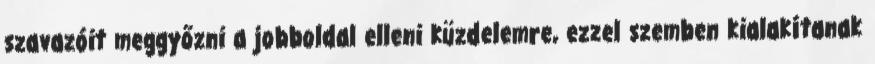
szavazóit meggyőzni a jobboldal elleni küzdelemre, ezzel szemben kialakítanak